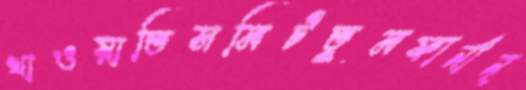
খাওয়াতিসমিটতুমফার্নান্